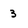
Character: 3